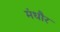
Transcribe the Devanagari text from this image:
मंधौर